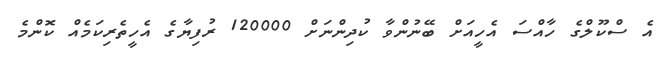
އެ ސްކޫލްގެ ހާއްސަ އެހީއަށް ބޭނުންވާ ކުދިންނަށް 120000 ރުފިޔާގެ އެހީތެރިކަމެއް ކޮންމެ